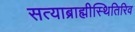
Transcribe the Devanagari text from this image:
सत्याब्राह्मीस्थितिरिव